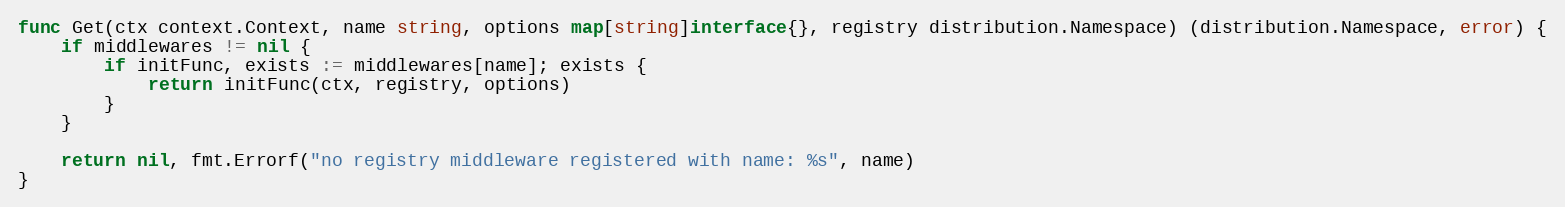
Language: Go
func Get(ctx context.Context, name string, options map[string]interface{}, registry distribution.Namespace) (distribution.Namespace, error) {
	if middlewares != nil {
		if initFunc, exists := middlewares[name]; exists {
			return initFunc(ctx, registry, options)
		}
	}

	return nil, fmt.Errorf("no registry middleware registered with name: %s", name)
}